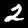
Digit: 2